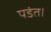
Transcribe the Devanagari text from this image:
पडंत।